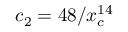
c _ { 2 } = 4 8 / x _ { c } ^ { 1 4 }